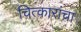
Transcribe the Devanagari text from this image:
चित्कारांचा